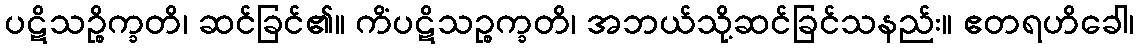
ပဋိသဉ္စိက္ခတိ၊ ဆင်ခြင်၏။ ကိံပဋိသဉ္စက္ခတိ၊ အဘယ်သို့ဆင်ခြင်သနည်း။ ဧတရဟိခေါ၊